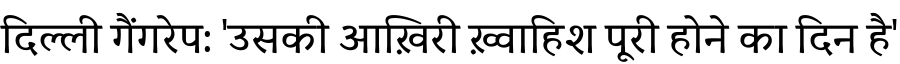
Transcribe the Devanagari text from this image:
दिल्ली गैंगरेप: 'उसकी आख़िरी ख़्वाहिश पूरी होने का दिन है'